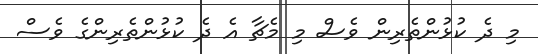
މި ދެ ކުޅުންތެރިން ވެސް މި މެޗާ އެ ދެ ކުޅުންތެރިންގެ ވެސް